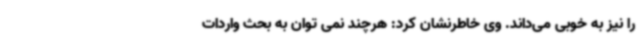
را نیز به خوبی می‌داند. وی خاطرنشان کرد: هرچند نمی توان به بحث واردات